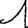
Digit: 1